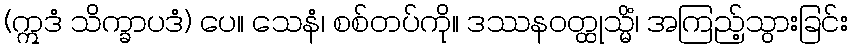
(ဣဒံ သိက္ခာပဒံ) ပေ။ သေနံ၊ စစ်တပ်ကို။ ဒဿနဝတ္ထုသ္မိံ၊ အကြည့်သွားခြင်း